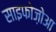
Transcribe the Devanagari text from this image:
साइफोज़ोआ